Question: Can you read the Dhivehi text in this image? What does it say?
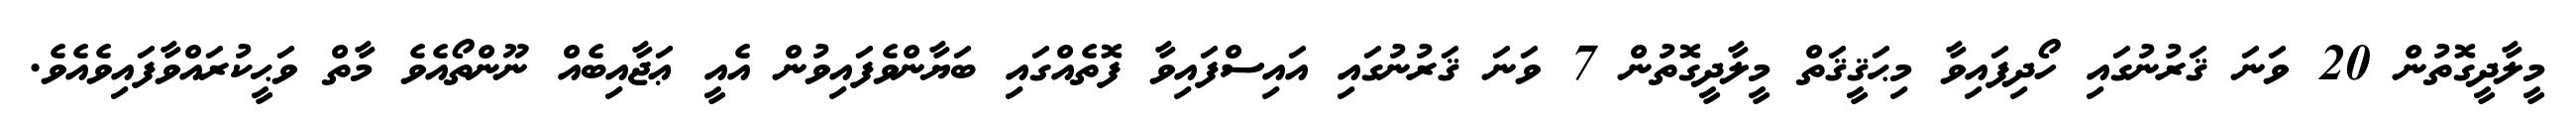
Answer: މީލާދީގޮތުން 20 ވަނަ ޤަރުނުގައި ހޯދިފައިވާ މިޙަޤީޤަތް މީލާދީގޮތުން 7 ވަނަ ޤަރުނުގައި އައިސްފައިވާ ފޮތެއްގައި ބަޔާންވެފައިވުން އެއީ ޢަޖާއިބެއް ނޫންތޯއެވެ މާތް ވަޙީކުރައްވާފައިވެއެވެ.